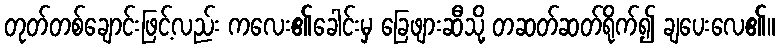
တုတ်တစ်ချောင်းဖြင့်လည်း ကလေး၏ခေါင်းမှ ခြေဖျားဆီသို့ တဆတ်ဆတ်ရိုက်၍ ချပေးလေ၏။